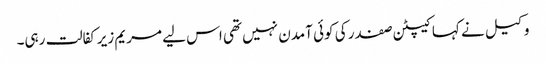
وکیل نے کہا کیپٹن صفدر کی کوئی آمدن نہیں تھی اس لیے مریم زیرکفالت رہی۔